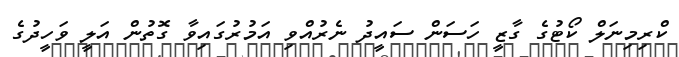
ކްރިމިނަލް ކޯޓުގެ ގާޒީ ހަސަން ސައީދު ނެރުއްވި އަމުރުގައިވާ ގޮތުން އަލީ ވަހީދުގެ